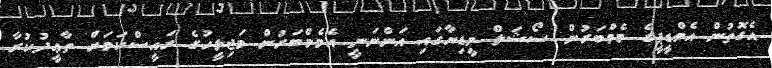
އެގޮތުން އެމްޑީޕީގެ މެމްބަރުން ސޯޝަލް މީޑިޔާގައި އަންނަނީ އެމެމްބަރުން މަޖިލީހުގެ ރައީސްކަމަށް ތާޢީދުކުރާ